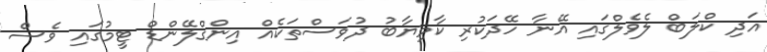
އަދި ކްލަބް ލެވެލްގައި އޭނާ ހޭދަކުރި ކާމިޔާބު ދުވަސްތަކެއް އިންގްލޭންޑް ޓީމުގައި ވެސް